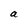
Character: a